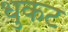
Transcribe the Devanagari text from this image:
धुकट